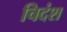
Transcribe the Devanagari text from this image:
चिदंश